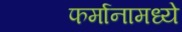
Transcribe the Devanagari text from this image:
फर्मानामध्ये